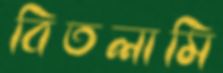
বিতলামি